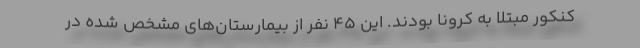
کنکور مبتلا به کرونا بودند. این 45 نفر از بیمارستان‌های مشخص شده در